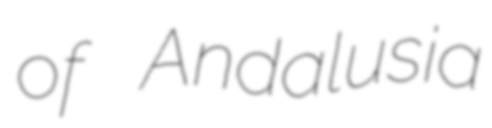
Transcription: of Andalusia